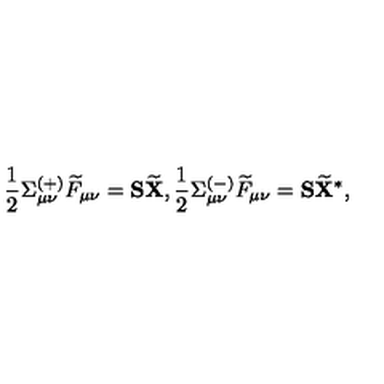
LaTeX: \frac 1 2 \Sigma _ { \mu \nu } ^ { ( + ) } \widetilde { F } _ { \mu \nu } = \mathbf { S } \widetilde { \mathbf { X } } , \frac 1 2 \Sigma _ { \mu \nu } ^ { ( - ) } \widetilde { F } _ { \mu \nu } = \mathbf { S } \widetilde { \mathbf { X } } ^ { * } ,